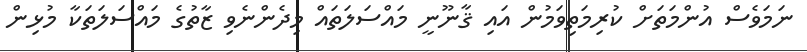
ނަމަވެސް އުންމަތަށް ކުރިމަތިވަމުން އައި ޤާނޫނީ މައްސަލަތައް މިދެންނެވި ޒާތުގެ މައްސަލަތަކާ މުޅިން